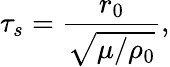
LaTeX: \tau_{s}=\frac{r_{0}}{\sqrt{\mu/\rho_{0}}},